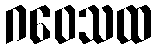
ဂဝေသထ